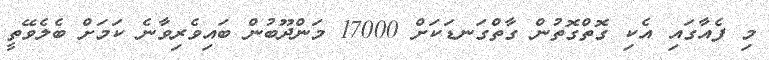
މި ފެއާގައި އެކި ގޮތްގޮތުން ގާތްގަނޑަކަށް 17000 މަންދޫބުން ބައިވެރިވާނެ ކަމަށް ބެލެވޭތީ